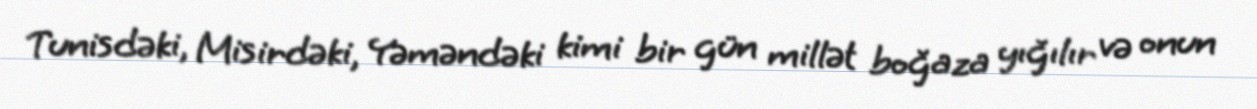
Tunisdəki, Misirdəki, Yəməndəki kimi bir gün millət boğaza yığılır və onun